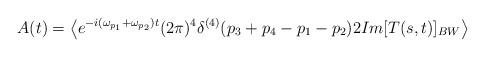
LaTeX: \begin{align*}A(t)=\left\langle {e^{-i(\omega _{p_1}+\omega _{p_2})t}(2\pi)^4\delta ^{(4)}(p_3+p_4-p_1-p_2)2 Im [T(s,t)]_{BW}}\right\rangle\end{align*}